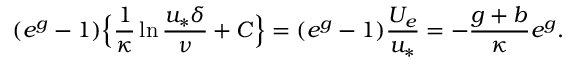
( e ^ { g } - 1 ) \Big \{ \frac { 1 } { \kappa } \ln \frac { u _ { * } \delta } { \nu } + C \Big \} = ( e ^ { g } - 1 ) \frac { U _ { e } } { u _ { * } } = - \frac { g + b } { \kappa } e ^ { g } .